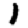
Digit: 1